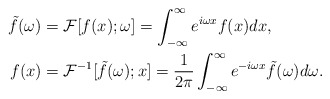
\begin{align*}\tilde{f} (\omega) &= \mathcal{F}[f (x); \omega] = \int_{-\infty}^{\infty} e^{i \omega x} f (x) dx,\\ f (x) &= \mathcal{F}^{-1}[\tilde{f} (\omega); x] = \frac{1}{2\pi} \int_{-\infty}^{\infty} e^{-i \omega x} \tilde{f} (\omega) d\omega.\end{align*}